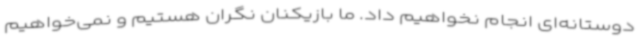
دوستانه‌ای انجام نخواهیم داد. ما بازیکنان نگران هستیم و نمی‌خواهیم